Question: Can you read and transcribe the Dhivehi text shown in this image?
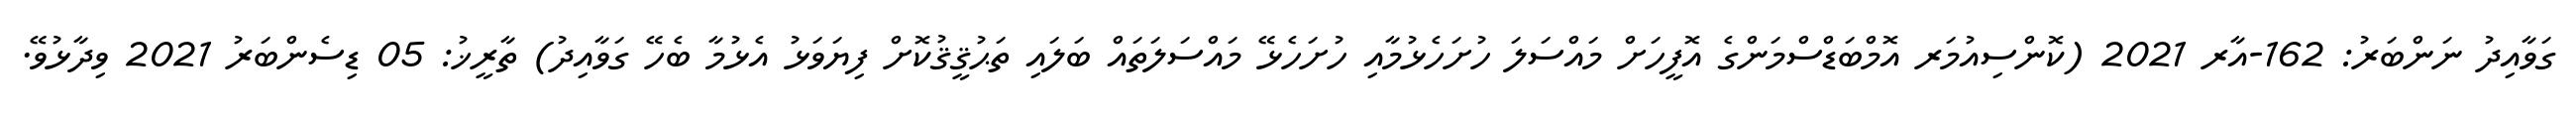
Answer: ގަވާއިދު ނަންބަރު: 162-އާރ 2021 (ކޮންސިއުމަރ އޮމްބަޑްސްމަންގެ އޮފީހަށް މައްސަލަ ހުށަހެޅުމާއި ހުށަހެޅޭ މައްސަލަތައް ބަލައި ތަޙުޤީޤުކޮށް ފިޔަވަޅު އެޅުމާ ބެހޭ ގަވާއިދު) ތާރީޚު: 05 ޑިސެންބަރު 2021 ވިދާޅުވޭ.